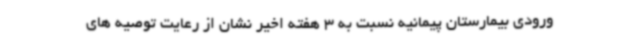
ورودی بیمارستان پیمانیه نسبت به 3 هفته اخیر نشان از رعایت توصیه های